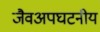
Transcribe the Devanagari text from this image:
जैवअपघटनीय